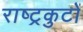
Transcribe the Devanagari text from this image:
राष्‍ट्रकुटों